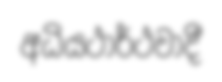
අධියථාර්ථවාදී